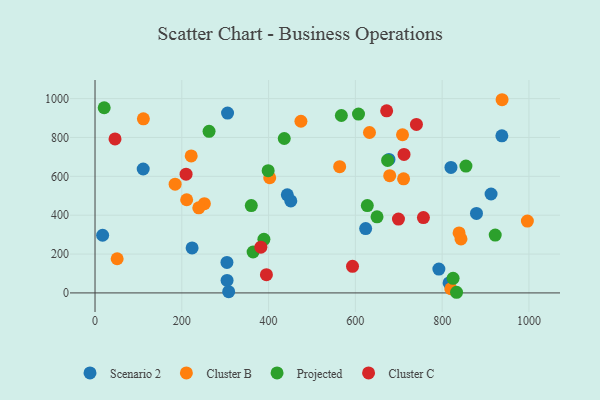
{"axis": {"x": "Study Hours", "y": "Demand"}, "legend": ["Cluster B", "Cluster C", "Projected", "Scenario 2"], "data": [{"x": "443.1", "y": 504.9, "type": "Scenario 2"}, {"x": "308.0", "y": 6.4, "type": "Scenario 2"}, {"x": "304.0", "y": 157.1, "type": "Scenario 2"}, {"x": "111.0", "y": 637.8, "type": "Scenario 2"}, {"x": "792.4", "y": 122.9, "type": "Scenario 2"}, {"x": "820.3", "y": 645.9, "type": "Scenario 2"}, {"x": "451.2", "y": 473.4, "type": "Scenario 2"}, {"x": "937.6", "y": 808.5, "type": "Scenario 2"}, {"x": "223.7", "y": 231.6, "type": "Scenario 2"}, {"x": "879.1", "y": 409.0, "type": "Scenario 2"}, {"x": "815.9", "y": 51.3, "type": "Scenario 2"}, {"x": "912.7", "y": 509.0, "type": "Scenario 2"}, {"x": "17.5", "y": 296.7, "type": "Scenario 2"}, {"x": "677.4", "y": 686.9, "type": "Scenario 2"}, {"x": "623.7", "y": 330.9, "type": "Scenario 2"}, {"x": "305.4", "y": 925.5, "type": "Scenario 2"}, {"x": "304.3", "y": 64.1, "type": "Scenario 2"}, {"x": "563.8", "y": 649.9, "type": "Cluster B"}, {"x": "996.4", "y": 369.5, "type": "Cluster B"}, {"x": "839.0", "y": 308.6, "type": "Cluster B"}, {"x": "211.2", "y": 479.4, "type": "Cluster B"}, {"x": "708.6", "y": 813.9, "type": "Cluster B"}, {"x": "184.6", "y": 559.8, "type": "Cluster B"}, {"x": "252.0", "y": 459.2, "type": "Cluster B"}, {"x": "632.5", "y": 825.6, "type": "Cluster B"}, {"x": "239.1", "y": 437.7, "type": "Cluster B"}, {"x": "474.5", "y": 883.4, "type": "Cluster B"}, {"x": "711.1", "y": 586.9, "type": "Cluster B"}, {"x": "402.6", "y": 592.7, "type": "Cluster B"}, {"x": "111.4", "y": 896.0, "type": "Cluster B"}, {"x": "938.1", "y": 994.2, "type": "Cluster B"}, {"x": "819.9", "y": 21.5, "type": "Cluster B"}, {"x": "51.0", "y": 175.8, "type": "Cluster B"}, {"x": "221.6", "y": 705.2, "type": "Cluster B"}, {"x": "679.1", "y": 603.1, "type": "Cluster B"}, {"x": "843.4", "y": 277.9, "type": "Cluster B"}, {"x": "607.2", "y": 920.5, "type": "Projected"}, {"x": "262.8", "y": 831.4, "type": "Projected"}, {"x": "567.7", "y": 913.0, "type": "Projected"}, {"x": "833.2", "y": 3.3, "type": "Projected"}, {"x": "21.1", "y": 953.0, "type": "Projected"}, {"x": "922.3", "y": 297.9, "type": "Projected"}, {"x": "360.1", "y": 449.4, "type": "Projected"}, {"x": "364.3", "y": 210.5, "type": "Projected"}, {"x": "854.8", "y": 653.0, "type": "Projected"}, {"x": "436.1", "y": 794.7, "type": "Projected"}, {"x": "399.0", "y": 629.1, "type": "Projected"}, {"x": "825.2", "y": 74.9, "type": "Projected"}, {"x": "674.3", "y": 681.8, "type": "Projected"}, {"x": "649.9", "y": 391.8, "type": "Projected"}, {"x": "389.2", "y": 276.0, "type": "Projected"}, {"x": "627.5", "y": 449.3, "type": "Projected"}, {"x": "46.1", "y": 792.5, "type": "Cluster C"}, {"x": "699.3", "y": 380.0, "type": "Cluster C"}, {"x": "740.7", "y": 867.1, "type": "Cluster C"}, {"x": "395.0", "y": 94.0, "type": "Cluster C"}, {"x": "593.4", "y": 136.8, "type": "Cluster C"}, {"x": "209.8", "y": 610.9, "type": "Cluster C"}, {"x": "756.8", "y": 387.9, "type": "Cluster C"}, {"x": "712.1", "y": 712.8, "type": "Cluster C"}, {"x": "672.1", "y": 937.2, "type": "Cluster C"}, {"x": "382.2", "y": 235.3, "type": "Cluster C"}]}